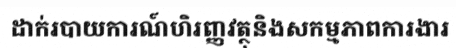
ដាក់របាយការណ៍ហិរញ្ញវត្ថុនិងសកម្មភាពការងារ